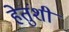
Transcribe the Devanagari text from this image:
हेतुंशी